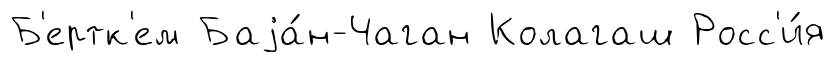
Б'ертк'ем Баjа́н-Чаган Колагаш Росс'и́я